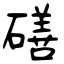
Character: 磰